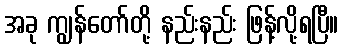
အခု ကျွန်တော်တို့ နည်းနည်း ဖြန့်လို့ရပြီ။